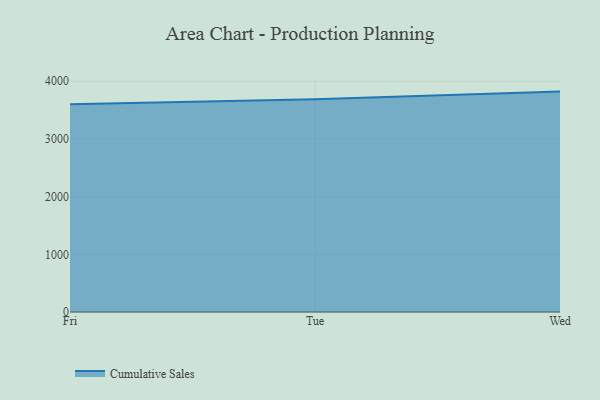
{"axis": {"x": "Day", "y": "Backlog"}, "legend": ["Cumulative Sales"], "data": [{"x": "Fri", "y": 3600.8, "type": "Cumulative Sales"}, {"x": "Tue", "y": 3688.7, "type": "Cumulative Sales"}, {"x": "Wed", "y": 3821.1, "type": "Cumulative Sales"}]}